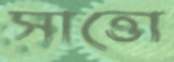
সাত্তো